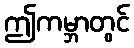
ဤကမ္ဘာတွင်